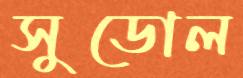
সুডোল